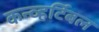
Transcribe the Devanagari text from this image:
कन्व्हर्टिबल